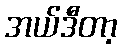
အယ်ဒီတာ့